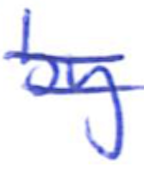
Text: by
Cross-out: double-line
Writing tool: ballpoint